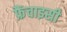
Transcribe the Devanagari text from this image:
फ्रैंचाइसी